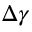
\Delta \gamma